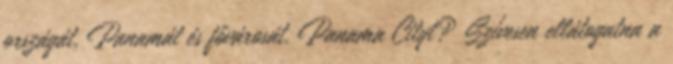
országát, Panamát és fővárosát, Panama Cityt? Szívesen ellátogatna a